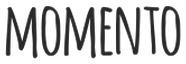
MOMENTO